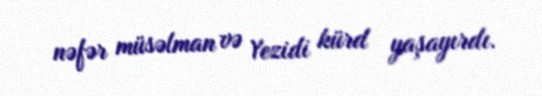
nəfər müsəlman və Yezidi kürd yaşayırdı.